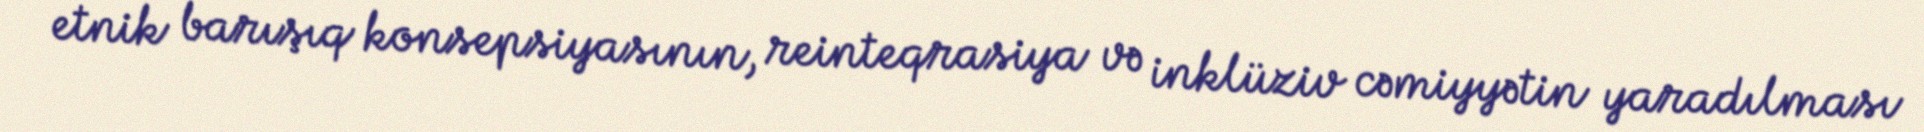
etnik barışıq konsepsiyasının, reinteqrasiya və inklüziv cəmiyyətin yaradılması